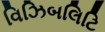
વિઝિબલિટિ